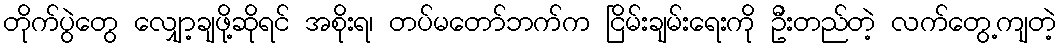
တိုက်ပွဲတွေ လျှော့ချဖို့ဆိုရင် အစိုးရ၊ တပ်မတော်ဘက်က ငြိမ်းချမ်းရေးကို ဦးတည်တဲ့ လက်တွေ့ကျတဲ့